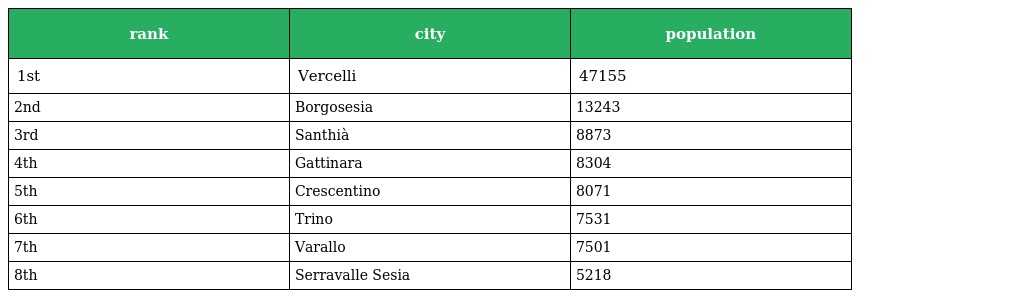
| rank | city | population |
 | --- | --- | --- |
 | 1st | Vercelli | 47155 |
 | 2nd | Borgosesia | 13243 |
 | 3rd | Santhià | 8873 |
 | 4th | Gattinara | 8304 |
 | 5th | Crescentino | 8071 |
 | 6th | Trino | 7531 |
 | 7th | Varallo | 7501 |
 | 8th | Serravalle Sesia | 5218 |